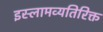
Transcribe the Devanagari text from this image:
इस्लामव्यतिरिक्त